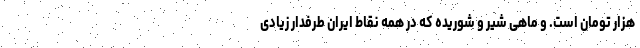
هزار تومان است. و ماهی شیر و شوریده که در همه نقاط ایران طرفدار زیادی